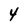
Character: 4